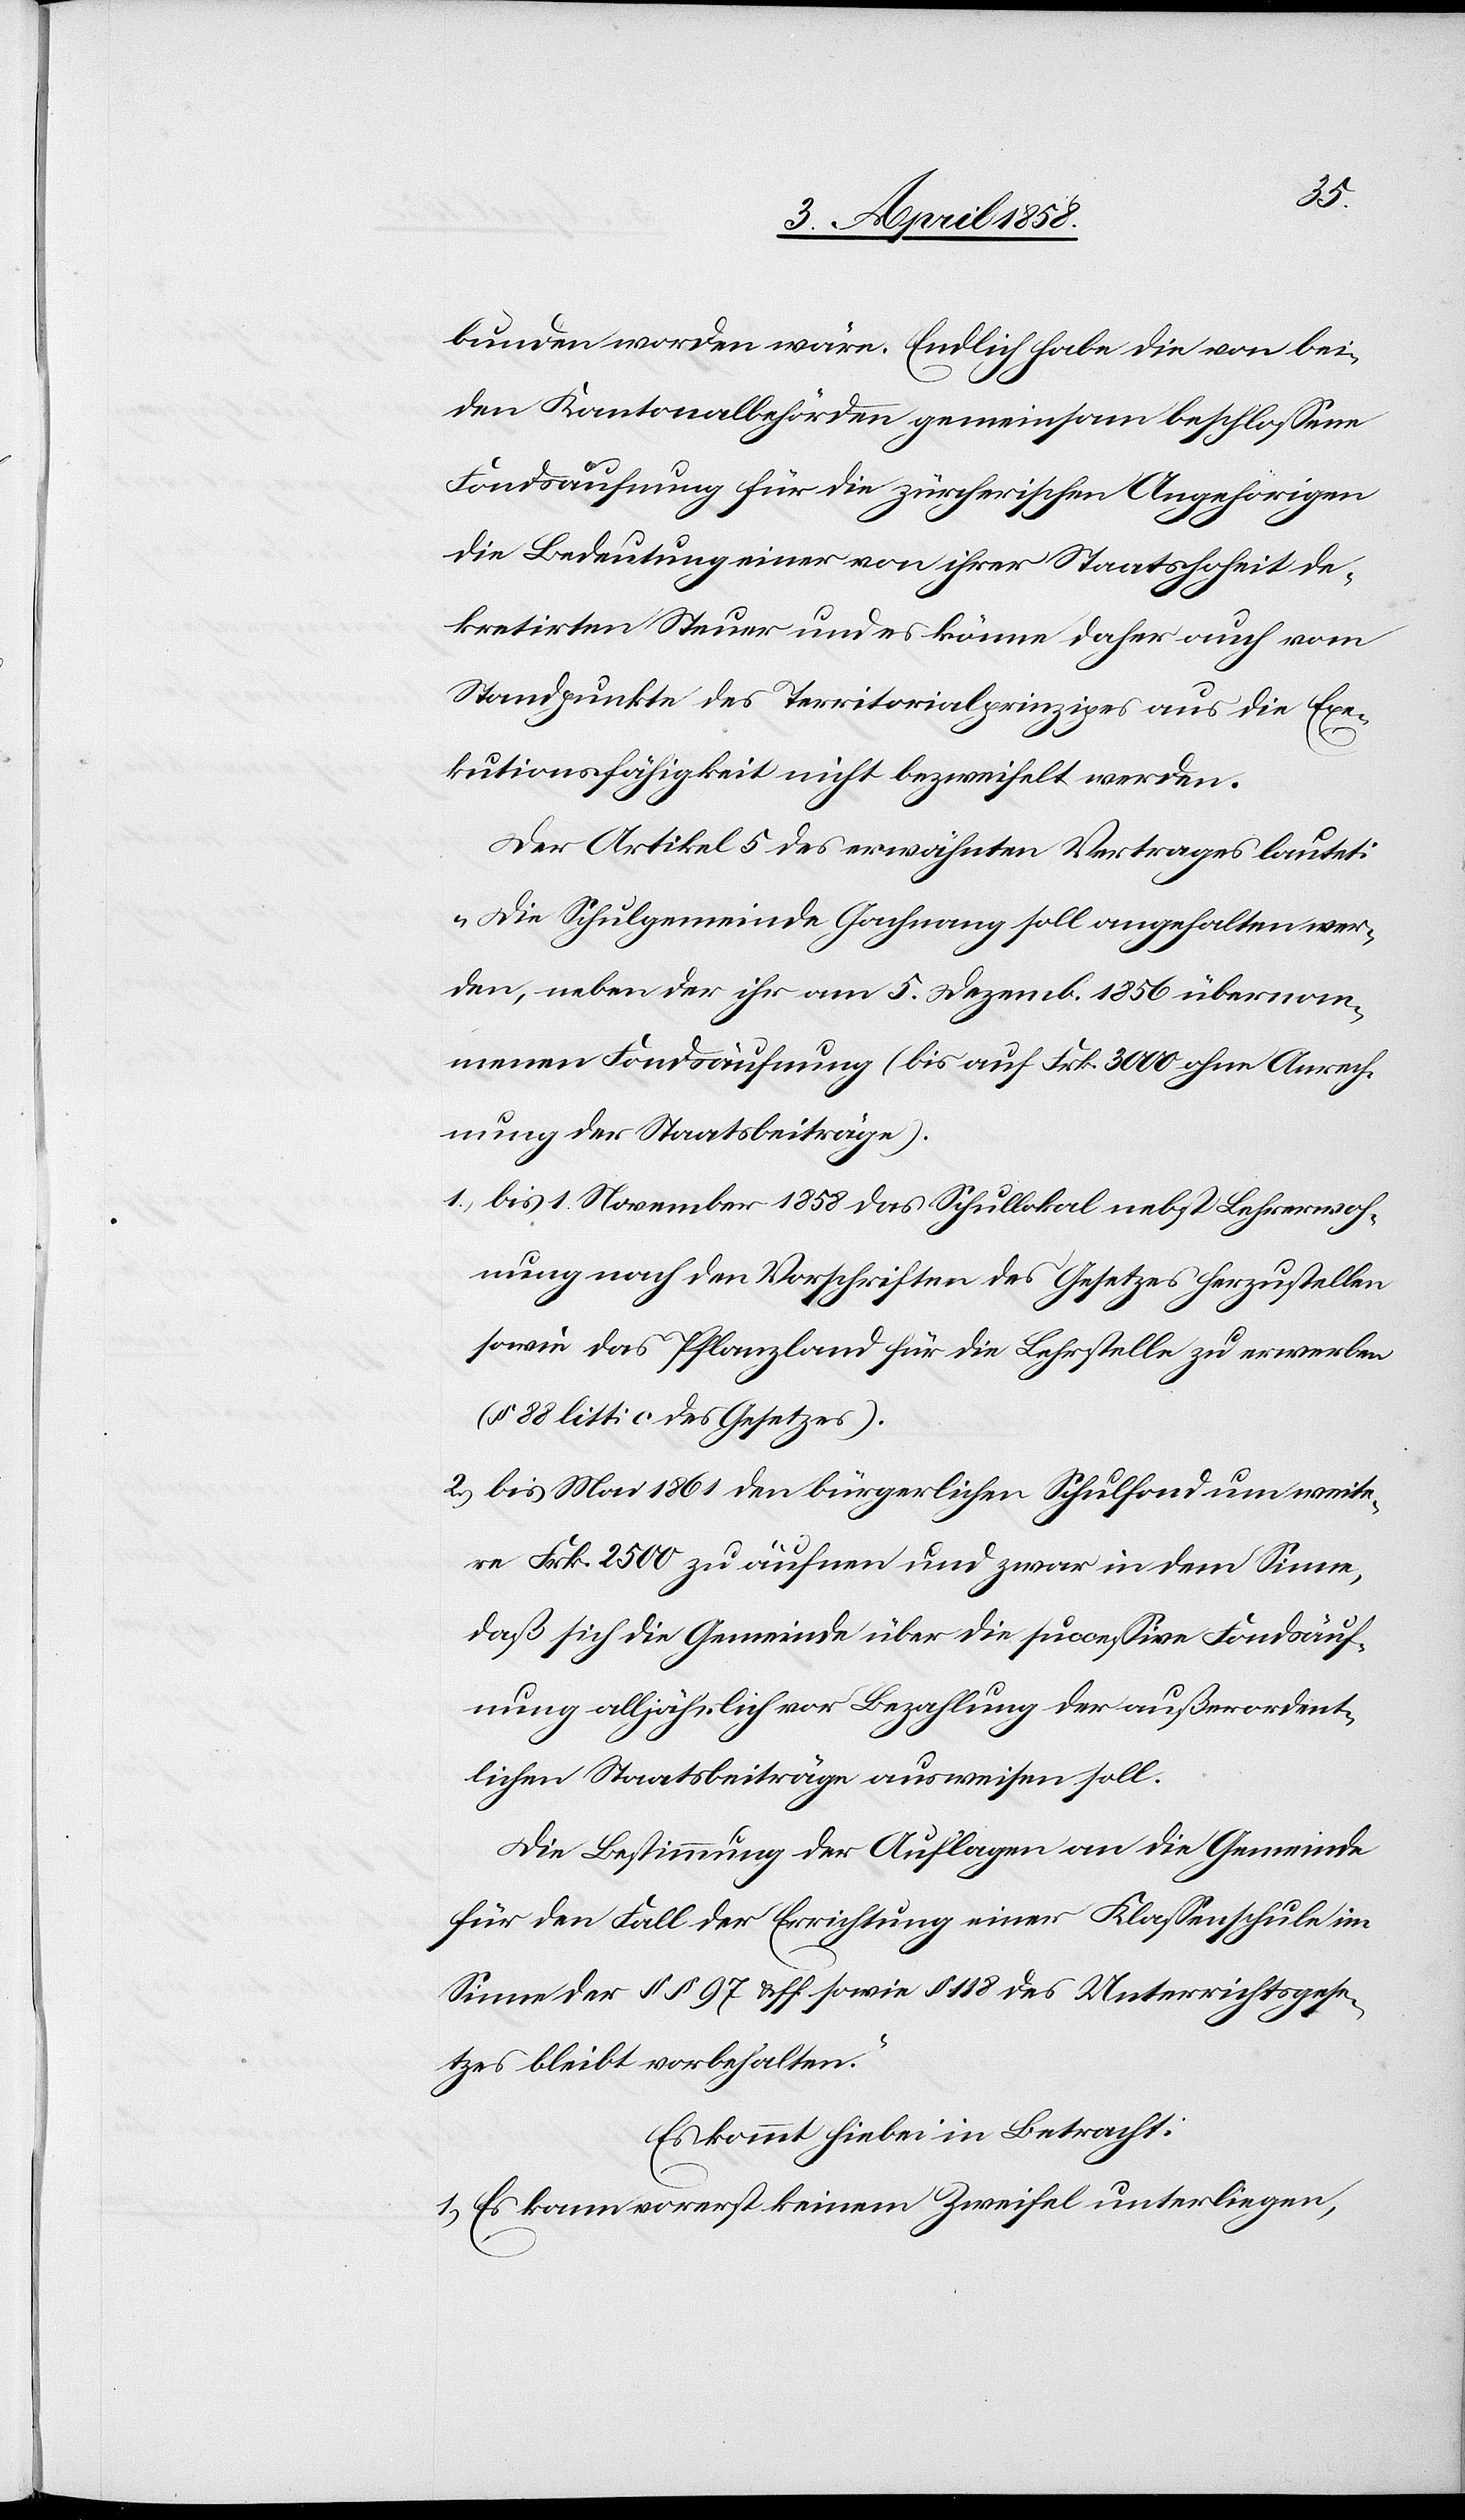
bunden worden wäre. Endlich habe die von bei¬
den Kantonalbehörden gemeinsam beschlossene
Fondsäufnung für die zürcherischen Angehörigen
die Bedeutung einer von ihrer Staatshoheit de¬
kretirten Steuer und es könne daher auch vom
Standpunkte des Territorialprinzipes aus die Exe¬
kutionsfähigkeit nicht bezweifelt werden.
Der Artikel 5 des erwähnten Vertrages lautet:
„Die Schulgemeinde Gachnang soll angehalten wer¬
den, neben der ihr am 5. Dezemb. 1856 übernom¬
menen Fondsäufnung (bis auf Frk. 3000 ohne Anrech¬
nung der Staatsbeiträge).
1) bis 1. November 1858 das Schullokal nebst Lehrerwoh¬
nung nach den Vorschriften des Gesetzes herzustellen
sowie das Pflanzland für die Lehrstelle zu erwerben
(§ 88 litt. c des Gesetzes).
2) bis Mai 1861 den bürgerlichen Schulfond um weite¬
re Frk. 2500 zu äufnen und zwar in dem Sinne,
daß sich die Gemeinde über die successive Fondsäuf¬
nung alljährlich vor Bezahlung der außerordent¬
lichen Staatsbeiträge ausweisen soll.
Die Bestimmung der Auflagen an die Gemeinde
für den Fall der Errichtung einer Klassenschule im
Sinne der §§ 97 uff. sowie § 118 des Unterrichtsgese¬
tzes bleibt vorbehalten.“
Es kommt hiebei in Betracht.
1. Es kann vorerst keinem Zweifel unterliegen,